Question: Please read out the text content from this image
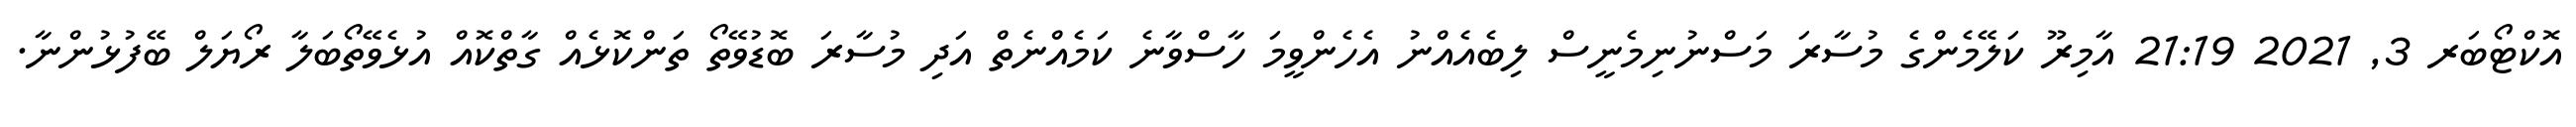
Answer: އޮކްޓޯބަރ 3, 2021 21:19 އާމިރޫ ކަލޭމެންގެ މުސާރަ މަސްނުނިމެނީސް ލިބެއެއްނު އެހެންވީމަ ހާސްވާނެ ކަމެއްނެތް އަދި މުސާރަ ބޮޑުވޭތޯ ތަންކޮޅެއް ގާތްކޮއް އުޅެވޭތޯބަލާ ރޯޔަލް ބޭފުޅުންނާ.